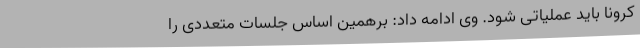
کرونا باید عملیاتی شود. وی ادامه داد: برهمین اساس جلسات متعددی را